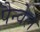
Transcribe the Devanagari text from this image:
पैन्वेल